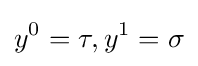
y^{0}=\tau ,y^{1}=\sigma